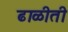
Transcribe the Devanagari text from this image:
ढाळीती